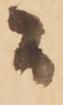
間